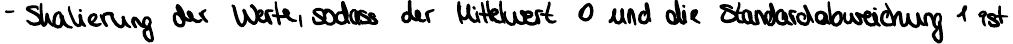
- Skalierung der Werte, sodass der Mittelwert 0 und die Standardabweichung 1 ist